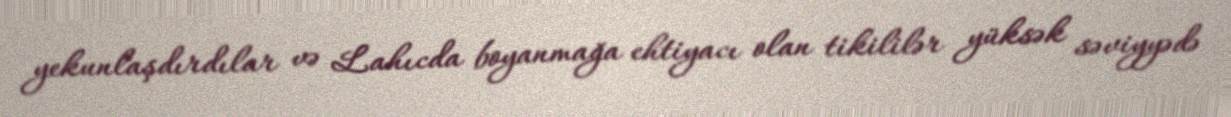
yekunlaşdırdılar və Lahıcda boyanmağa ehtiyacı olan tikililər yüksək səviyyədə